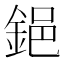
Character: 𨦺